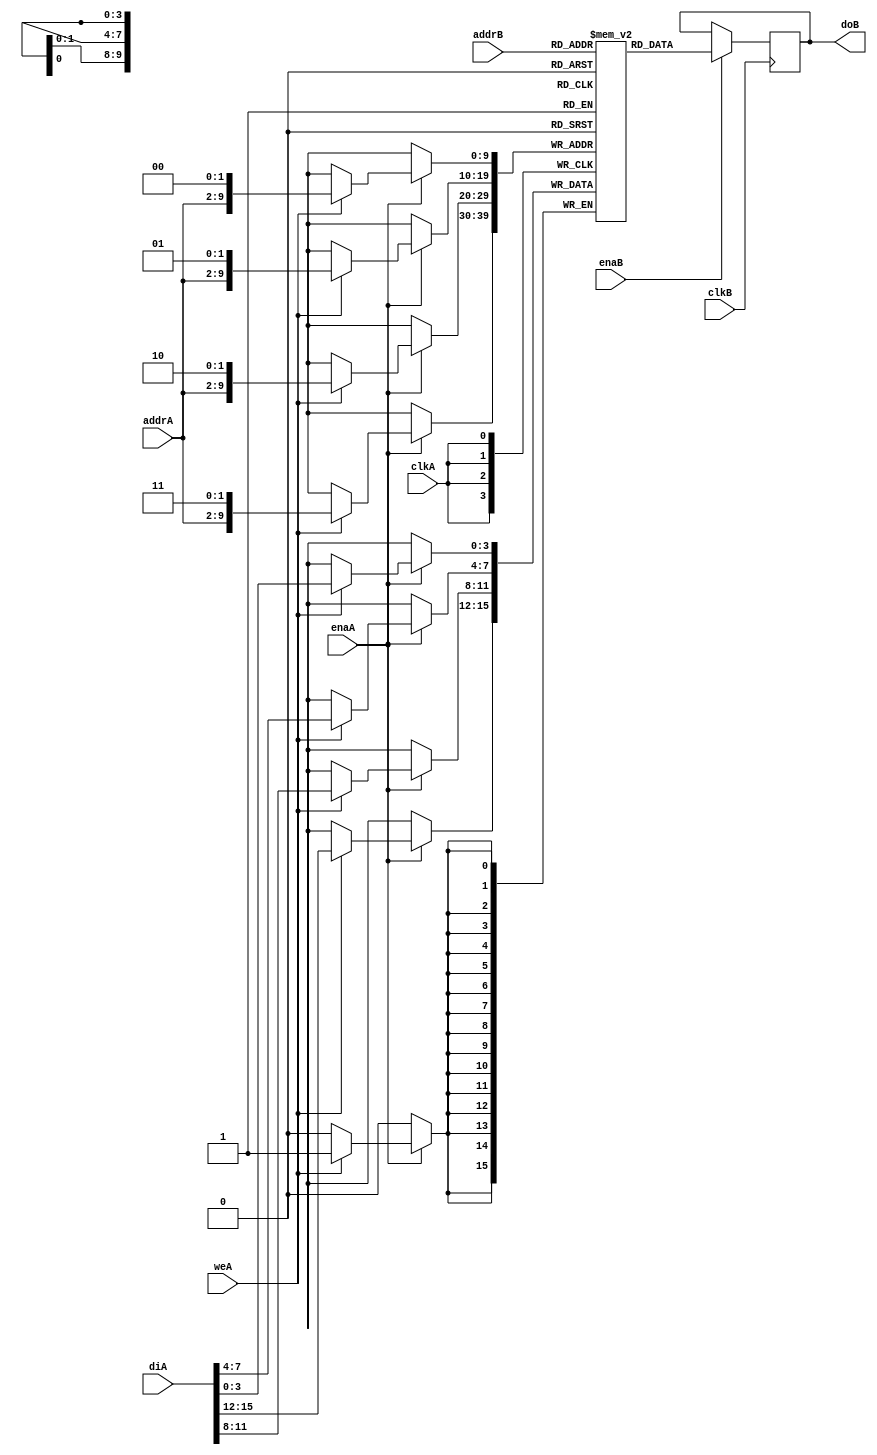
// Asymmetric port RAM
// Write wider than Read. Write Statement in a loop.
// asym_ram_sdp_write_wider.v

module asym_ram_sdp_write_wider (clkA, clkB, weA, enaA, enaB, addrA, addrB, diA, doB);

parameter WIDTHB = 4;
parameter SIZEB = 1024;
parameter ADDRWIDTHB = 10;
parameter WIDTHA = 16;
parameter SIZEA = 256;
parameter ADDRWIDTHA = 8;

input clkA;
input clkB;
input weA;
input enaA, enaB;
input [ADDRWIDTHA-1:0] addrA;
input [ADDRWIDTHB-1:0] addrB;
input [WIDTHA-1:0] diA;
output [WIDTHB-1:0] doB;

`define max(a,b) {(a) > (b) ? (a) : (b)}
`define min(a,b) {(a) < (b) ? (a) : (b)}

function integer log2;
input integer value;
reg [31:0] shifted;
integer res;

begin
    if (value < 2)
        log2 = value;
    else
    begin
        shifted = value-1;
            for (res=0; shifted>0; res=res+1)
            shifted = shifted>>1;
            log2 = res;
    end
end
endfunction

localparam maxSIZE = `max(SIZEA, SIZEB);
localparam maxWIDTH = `max(WIDTHA, WIDTHB);
localparam minWIDTH = `min(WIDTHA, WIDTHB);
localparam RATIO = maxWIDTH / minWIDTH;
localparam log2RATIO = log2(RATIO);

reg [minWIDTH-1:0] RAM [0:maxSIZE-1];
reg [WIDTHB-1:0] readB;
always @(posedge clkB) 
begin
    if (enaB) 
    begin
        readB <= RAM[addrB];
    end
end

assign doB = readB;

always @(posedge clkA)
begin : ramwrite

integer i;
reg [log2RATIO-1:0] lsbaddr;
    for (i=0; i< RATIO; i= i+ 1) 
    begin : write1
    lsbaddr = i;
        if (enaA) 
        begin
            if (weA)
                RAM[{addrA, lsbaddr}] <= diA[(i+1)*minWIDTH-1 -: minWIDTH];
        end
    end
end

endmodule